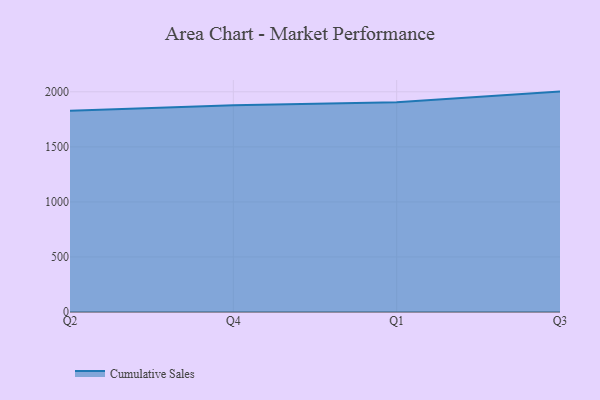
{"axis": {"x": "Quarter", "y": "Population (Million)"}, "legend": ["Cumulative Sales"], "data": [{"x": "Q2", "y": 1826.9, "type": "Cumulative Sales"}, {"x": "Q4", "y": 1878.1, "type": "Cumulative Sales"}, {"x": "Q1", "y": 1905.5, "type": "Cumulative Sales"}, {"x": "Q3", "y": 2001.9, "type": "Cumulative Sales"}]}